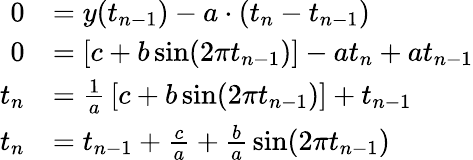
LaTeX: {\begin{array}{rl}{0}&{=y(t_{n-1})-a\cdot(t_{n}-t_{n-1})}\\ {0}&{=\left[c+b\sin(2\pi t_{n-1})\right]-at_{n}+at_{n-1}}\\ {t_{n}}&{={\frac{1}{a}}\left[c+b\sin(2\pi t_{n-1})\right]+t_{n-1}}\\ {t_{n}}&{=t_{n-1}+{\frac{c}{a}}+{\frac{b}{a}}\sin(2\pi t_{n-1})}\end{array}}